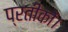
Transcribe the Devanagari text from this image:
प्रतीकों।